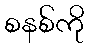
စနစ်ကို